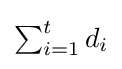
\textstyle \sum _{i=1}^{t}d_{i}